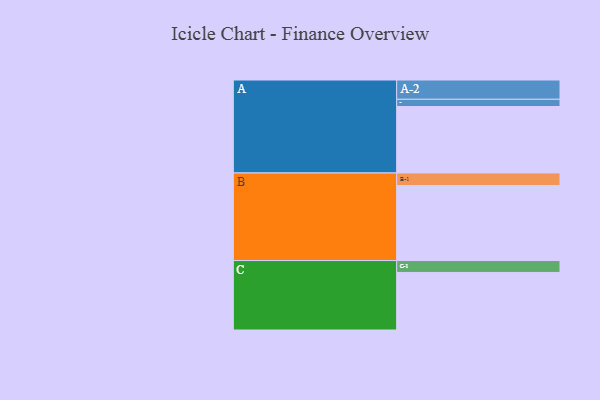
{"axis": {"x": "Segment", "y": "Value"}, "legend": ["", "A", "B", "C"], "data": [{"x": "A", "y": 469, "type": ""}, {"x": "B", "y": 529, "type": ""}, {"x": "C", "y": 406, "type": ""}, {"x": "A-1", "y": 51, "type": "A"}, {"x": "A-2", "y": 136, "type": "A"}, {"x": "B-1", "y": 89, "type": "B"}, {"x": "C-1", "y": 84, "type": "C"}]}